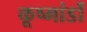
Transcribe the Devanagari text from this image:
कूष्मांडों